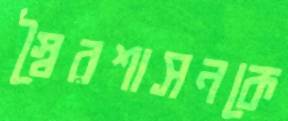
স্বৈরশাসনকে